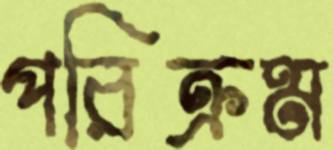
পরিক্রম